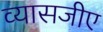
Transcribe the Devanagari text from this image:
व्यासजीए